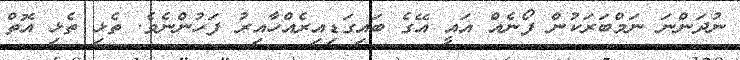
ނުދަންނަ ނަމްބަރަކުން ފޯނެއް އައީ އޭގެ ބައިގަޑިއިރެއްހާއިރު ފަހުންނެވެ. ތެޅި ތެޅި އޮތް